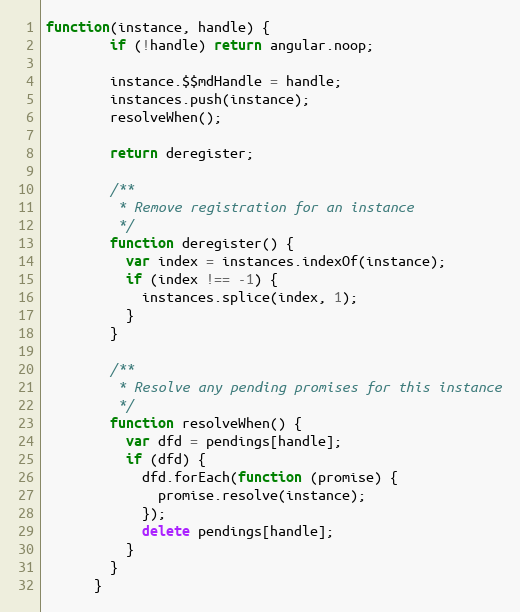
Language: JavaScript
function(instance, handle) {
        if (!handle) return angular.noop;

        instance.$$mdHandle = handle;
        instances.push(instance);
        resolveWhen();

        return deregister;

        /**
         * Remove registration for an instance
         */
        function deregister() {
          var index = instances.indexOf(instance);
          if (index !== -1) {
            instances.splice(index, 1);
          }
        }

        /**
         * Resolve any pending promises for this instance
         */
        function resolveWhen() {
          var dfd = pendings[handle];
          if (dfd) {
            dfd.forEach(function (promise) {
              promise.resolve(instance);
            });
            delete pendings[handle];
          }
        }
      }